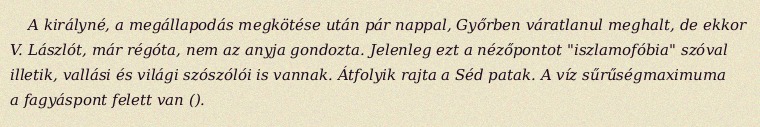
A királyné, a megállapodás megkötése után pár nappal, Győrben váratlanul meghalt, de ekkor V. Lászlót, már régóta, nem az anyja gondozta. Jelenleg ezt a nézőpontot "iszlamofóbia" szóval illetik, vallási és világi szószólói is vannak. Átfolyik rajta a Séd patak. A víz sűrűségmaximuma a fagyáspont felett van ().